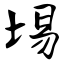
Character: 埸